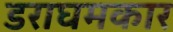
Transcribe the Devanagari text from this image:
डराघमकार